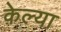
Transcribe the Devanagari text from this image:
केल्‍या